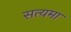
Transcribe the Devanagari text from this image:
सत्यमा